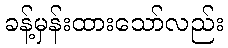
ခန့်မှန်းထားသော်လည်း